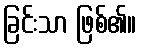
ခြင်းသာ ဖြစ်၏။